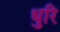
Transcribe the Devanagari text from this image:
धुरि